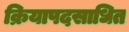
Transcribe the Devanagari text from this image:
क्रियापदसाधित